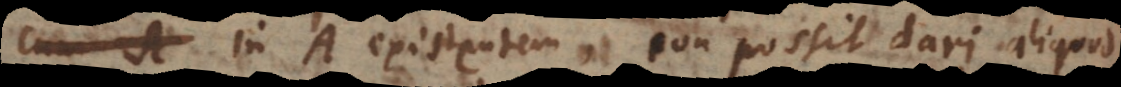
cum A in A existentem, non possit dari aliquod